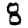
Digit: 8